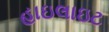
હાઇલાઇટ